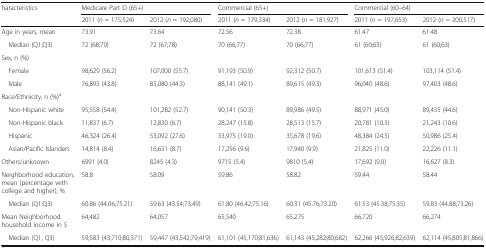
<table><thead><tr><td rowspan="2"><b>haracteristics</b></td><td colspan="2"><b>Medicare Part D (65+)</b></td><td colspan="2"><b>Commercial (65+)</b></td><td colspan="2"><b>Commercial (60–64)</b></td></tr><tr><td><b>2011 (<i>n</i> = 175,524)</b></td><td><b>2012 (<i>n</i> = 192,080)</b></td><td><b>2011 (<i>n</i> = 179,334)</b></td><td><b>2012 (<i>n</i> = 181,927)</b></td><td><b>2011 (<i>n</i> = 197,653)</b></td><td><b>2012 (<i>n</i> = 200,517)</b></td></tr></thead><tbody><tr><td>Age in years, mean</td><td>73.91</td><td>73.64</td><td>72.56</td><td>72.38</td><td>61.47</td><td>61.48</td></tr><tr><td> Median (Q1;Q3)</td><td>72 (68;79)</td><td>72 (67;78)</td><td>70 (66;77)</td><td>70 (66;77)</td><td>61 (60;63)</td><td>61 (60;63)</td></tr><tr><td colspan="7">Sex, n (%)</td></tr><tr><td> Female</td><td>98,629 (56.2)</td><td>107,000 (55.7)</td><td>91,193 (50.9)</td><td>92,312 (50.7)</td><td>101,613 (51.4)</td><td>103,114 (51.4)</td></tr><tr><td> Male</td><td>76,895 (43.8)</td><td>85,080 (44.3)</td><td>88,141 (49.1)</td><td>89,615 (49.3)</td><td>96,040 (48.6)</td><td>97,403 (48.6)</td></tr><tr><td colspan="7">Race/Ethnicity, n (%)<sup>a</sup></td></tr><tr><td> Non-Hispanic white</td><td>95,558 (54.4)</td><td>101,282 (52.7)</td><td>90,141 (50.3)</td><td>89,986 (49.5)</td><td>88,971 (45.0)</td><td>89,435 (44.6)</td></tr><tr><td> Non-Hispanic black</td><td>11,837 (6.7)</td><td>12,830 (6.7)</td><td>28,247 (15.8)</td><td>28,513 (15.7)</td><td>20,781 (10.5)</td><td>21,243 (10.6)</td></tr><tr><td> Hispanic</td><td>46,324 (26.4)</td><td>53,092 (27.6)</td><td>33,975 (19.0)</td><td>35,678 (19.6)</td><td>48,384 (24.5)</td><td>50,986 (25.4)</td></tr><tr><td> Asian/Pacific Islanders</td><td>14,814 (8.4)</td><td>16,631 (8.7)</td><td>17,256 (9.6)</td><td>17,940 (9.9)</td><td>21,825 (11.0)</td><td>22,226 (11.1)</td></tr><tr><td>Others/unknown</td><td>6991 (4.0)</td><td>8245 (4.3)</td><td>9715 (5.4)</td><td>9810 (5.4)</td><td>17,692 (9.0)</td><td>16,627 (8.3)</td></tr><tr><td>Neighborhood education, mean (percentage with college and higher), %</td><td>58.8</td><td>58.09</td><td>59.86</td><td>58.82</td><td>59.44</td><td>58.44</td></tr><tr><td> Median (Q1;Q3)</td><td>60.86 (44.06;75.21)</td><td>59.63 (43.54;73.49)</td><td>61.80 (46.42;75.16)</td><td>60.31 (45.76;73.20)</td><td>61.53 (45.38;75.35)</td><td>59.83 (44.88;73.26)</td></tr><tr><td>Mean Neighborhood household income in $</td><td>64,482</td><td>64,057</td><td>65,540</td><td>65,275</td><td>66,720</td><td>66,274</td></tr><tr><td> Median (Q1, Q3)</td><td>59,583 (43,710;80,371)</td><td>59,447 (43,542;79,419)</td><td>61,101 (45,170;81,636)</td><td>61,143 (45,282;80,682)</td><td>62,266 (45,926;82,639)</td><td>62,114 (45,805;81,866)</td></tr></tbody></table>